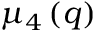
\mu _ { 4 } \left( q \right)